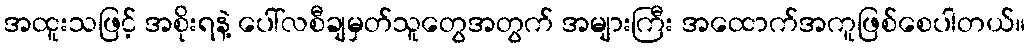
အထူးသဖြင့် အစိုးရနဲ့ ပေါ်လစီချမှတ်သူတွေအတွက် အများကြီး အထောက်အကူဖြစ်စေပါတယ်။